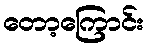
တော့ကြောင်း